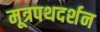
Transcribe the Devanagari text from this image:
मूत्रपथदर्शन